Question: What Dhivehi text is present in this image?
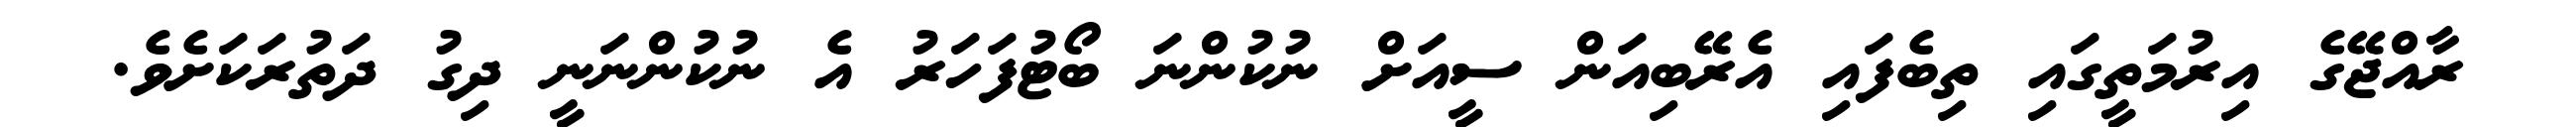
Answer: ރާއްޖޭގެ އިރުމަތީގައި ތިބެފައި އެރޭބިއަން ސީއަށް ނުކުންނަ ބޯޓުފަހަރު އެ ނުކުންނަނީ ދިގު ދަތުރަކަށެވެ.